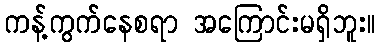
ကန့်ကွက်နေစရာ အကြောင်းမရှိဘူး။